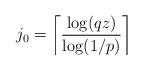
LaTeX: \begin{align*}j_0 = \left\lceil \frac{\log(q z)}{\log(1/p)} \right\rceil\end{align*}